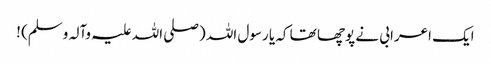
ایک اعرابی نے پوچھا تھا کہ یا رسول اللہ (صلی اللہ علیہ وآلہ وسلم) !